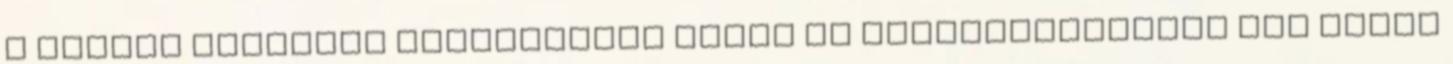
a forrás irányába fordítottam fejem és megpillantottam egy sután